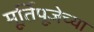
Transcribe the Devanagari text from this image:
मूर्तिपूजेच्या